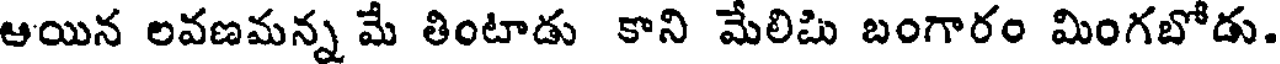
ఆయిన లవణమన్న మే తింటాడు కాని మేలిమి బంగారం మింగబోడు.